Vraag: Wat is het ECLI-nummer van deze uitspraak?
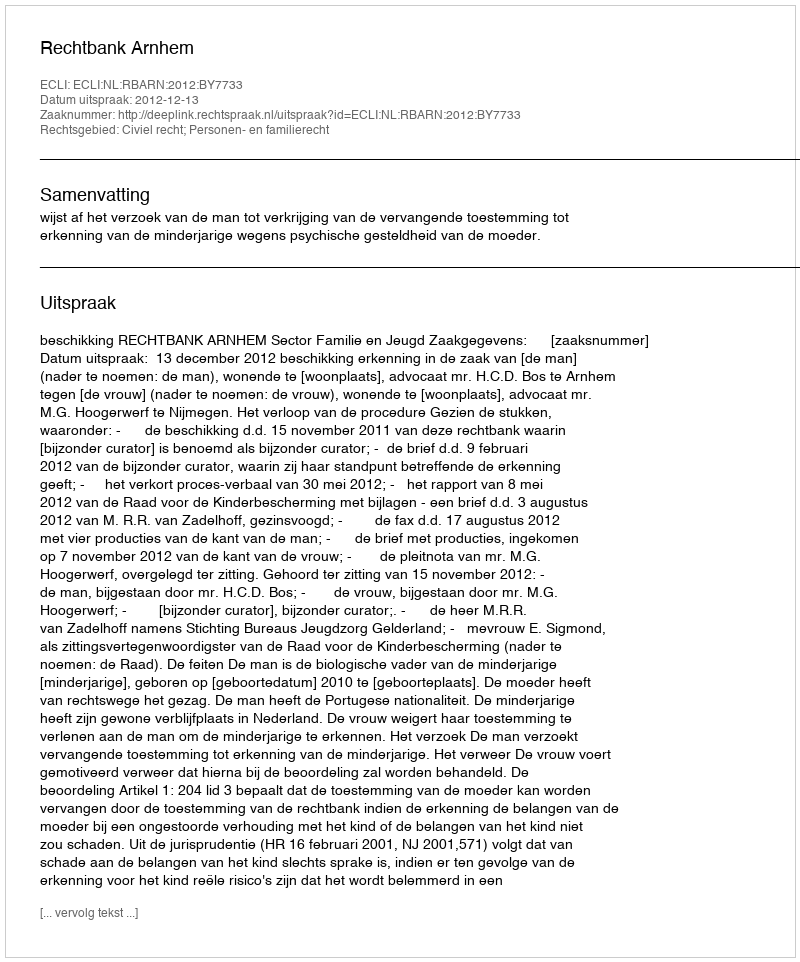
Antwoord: ECLI:NL:RBARN:2012:BY7733